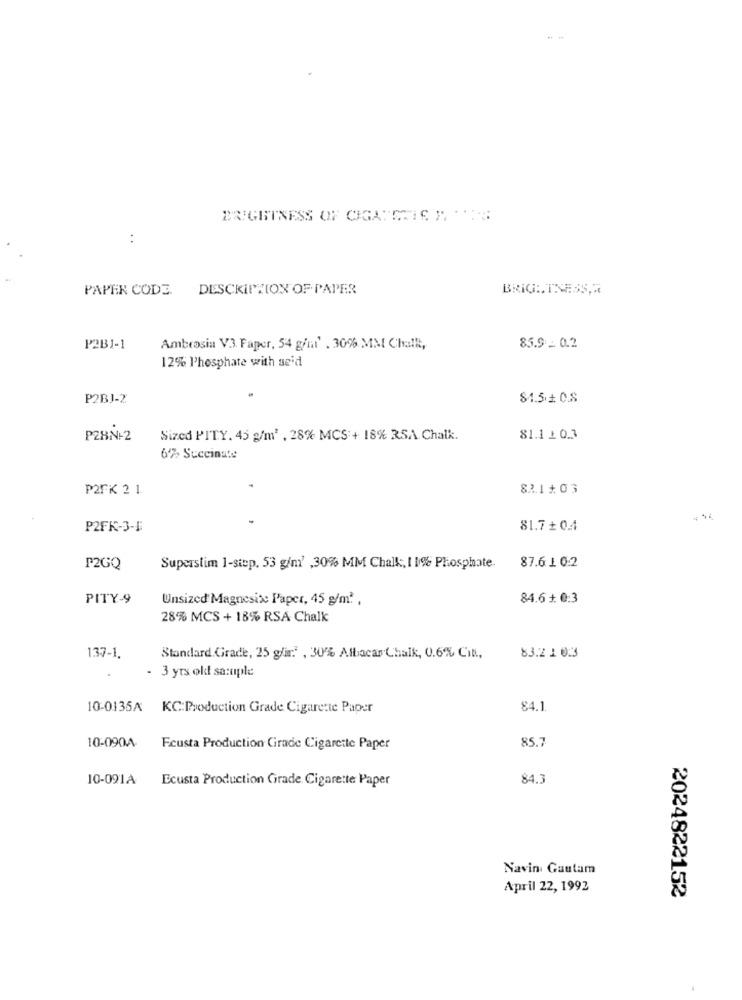
BRIGHTNESS OF CIGARETTE MES
:
PAPER CODE. DESCRIPTION OF PAPER
BRIGHTNESS,2
P2B1-1
Ambrosia V3. Faper, 54 g/m' . 30% MM Challt,
85.9 - 0.2
12% Phosphate with seid
P2BJ-2
$1.5.1 0.8
PZ8N+ 2
Sized PITY. 45 g/m2 , 28% MCS:+ 18% 35A Chalk.
81.1 10.3
6% Succinate
P2FK 2 1
821#03
P2FK-3-4
81.7 + 0.4
P2GQ
Superslim 1-step. 53 g/m' ,30% MM Chalk, 1 1% Phosphate.
87.6 1 0:2
PITY-9
Unsized Magnesix: l'aper, 45 g/m? .
84.6 + 0:3
28% MCS + 18% RSA Chalk
137-1.
Standard Grade, 25 glir." , 30% Albacar Chalk, 0.6% Cit .,
83.2 1023
- 3 yrs old sample
10-0135A KC:Production Grade Cigarette Paper
84.1
85.7
10-090A
Fcusta Production Girade Cigarette Paper
10-091A
Ecusta Production Grade. Cigarette Paper
84.3
Navin Gautam
April 22, 1992
2024822152